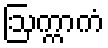
ဩက္ကာကံ